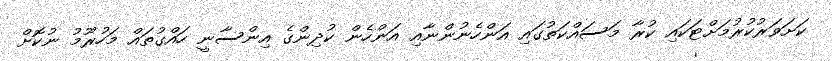
ކަށަވަރުކުރުމަށްޓަކައި ކުރާ މަސައްކަތުގައި އަންހެނުންނާއި އަންހެން ކުދިންގެ އިންސާނީ ހައްގުތައް މަހުރޫމު ނުކޮށް